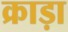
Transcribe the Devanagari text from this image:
क्राड़ा